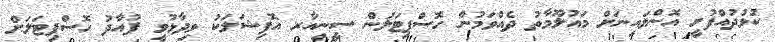
ކުޅުދުއްފުށީ އޮންލައިނަށް މައުލޫމާތު ދެއްވަމުން ހޮސްޕިޓަލުން ސީނިއާރ އޮފިޝަލަކު ވިދާޅުވީ ފުއާދު ހޮސްޕިޓަލަށް